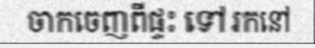
ចាកចេញពីផ្ទះ ទៅរកនៅ